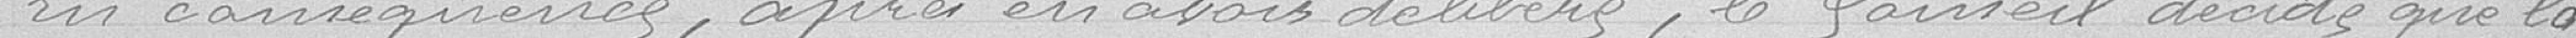
Les conséquences, après en avoir délibéré, le Conseil décide que la